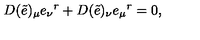
D ( \tilde { e } ) _ { \mu } e _ { \nu } { } ^ { r } + D ( \tilde { e } ) _ { \nu } e _ { \mu } { } ^ { r } = 0 ,